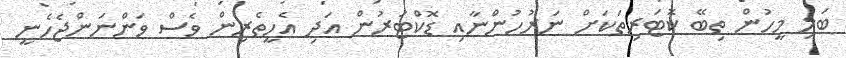
ބަލި މީހުން ތިބޭ ކޮޓަރިތަކަށް ނަރުހުންނާއި ޑޮކްޓަރުން އަދި އެހީތެރިން ވެސް ވަންނަންޖެހެނީ